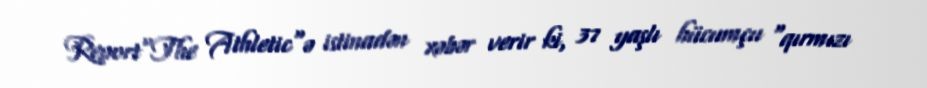
Report"The Athletic"ə istinadən xəbər verir ki, 37 yaşlı hücumçu "qırmızı